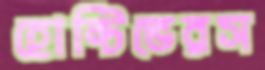
হোন্টিভেরস